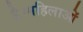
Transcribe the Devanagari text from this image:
है।महिलाओं